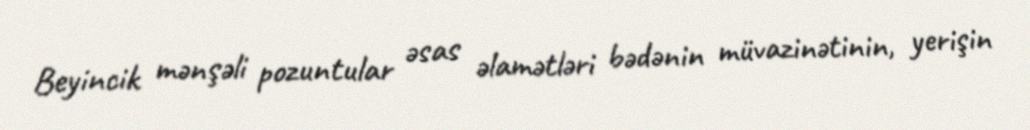
Beyincik mənşəli pozuntular əsas əlamətləri bədənin müvazinətinin, yerişin